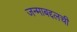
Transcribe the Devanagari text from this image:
जन्माबद्दलची